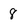
Character: 8